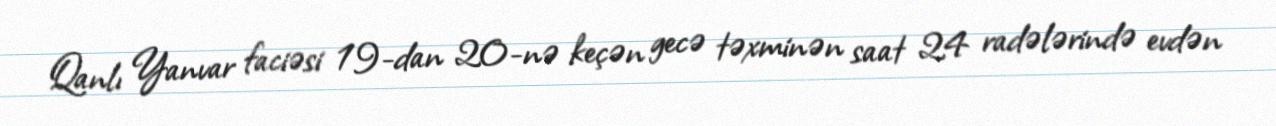
Qanlı Yanvar faciəsi 19-dan 20-nə keçən gecə təxminən saat 24 radələrində evdən